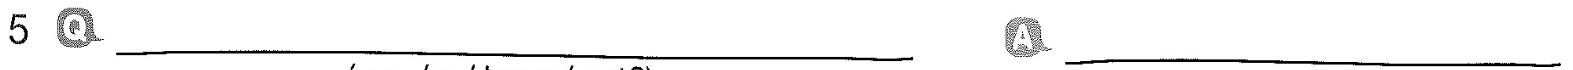
5 Q___ A___